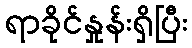
ရာခိုင်နှုန်းရှိပြီး